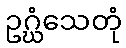
ဥဂ္ဃံသေတုံ